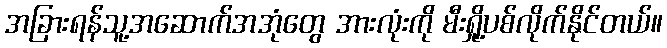
အခြားရန်သူ့အဆောက်အအုံတွေ အားလုံးကို မီးရှို့ပစ်လိုက်နိုင်တယ်။